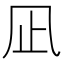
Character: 凪